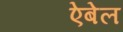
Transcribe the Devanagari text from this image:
ऐबेल